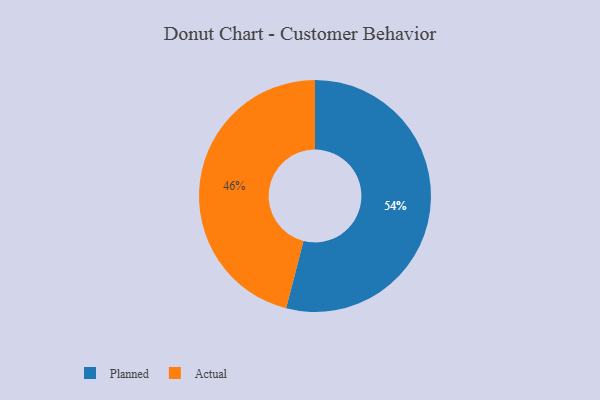
{"axis": {"x": "Category", "y": "Percentage"}, "legend": ["Actual", "Planned"], "data": [{"x": "Actual", "y": 46, "type": "Actual"}, {"x": "Planned", "y": 54, "type": "Planned"}]}